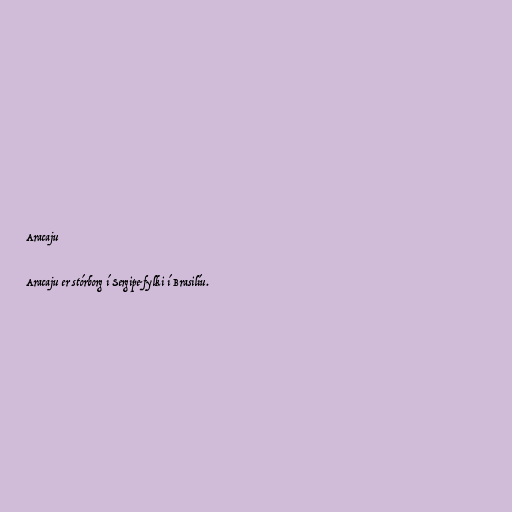
Aracaju

Aracaju er stórborg í Sergipe-fylki í Brasilíu.